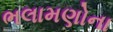
ભલામણોના